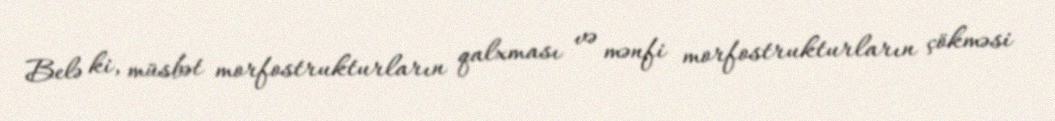
Belə ki, müsbət morfostrukturların qalxması və mənfi morfostrukturların çökməsi